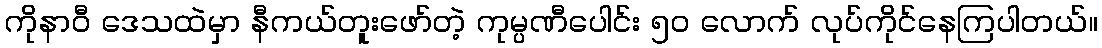
ကိုနာဝီ ဒေသထဲမှာ နီကယ်တူးဖော်တဲ့ ကုမ္ပဏီပေါင်း ၅၀ လောက် လုပ်ကိုင်နေကြပါတယ်။